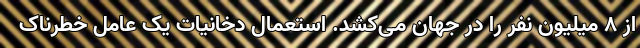
از 8 میلیون نفر را در جهان می‌کشد. استعمال دخانیات یک عامل خطرناک